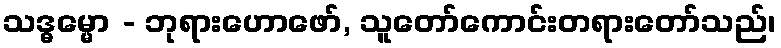
သဒ္ဓမ္မော - ဘုရားဟောဖော်, သူတော်ကောင်းတရားတော်သည်၊